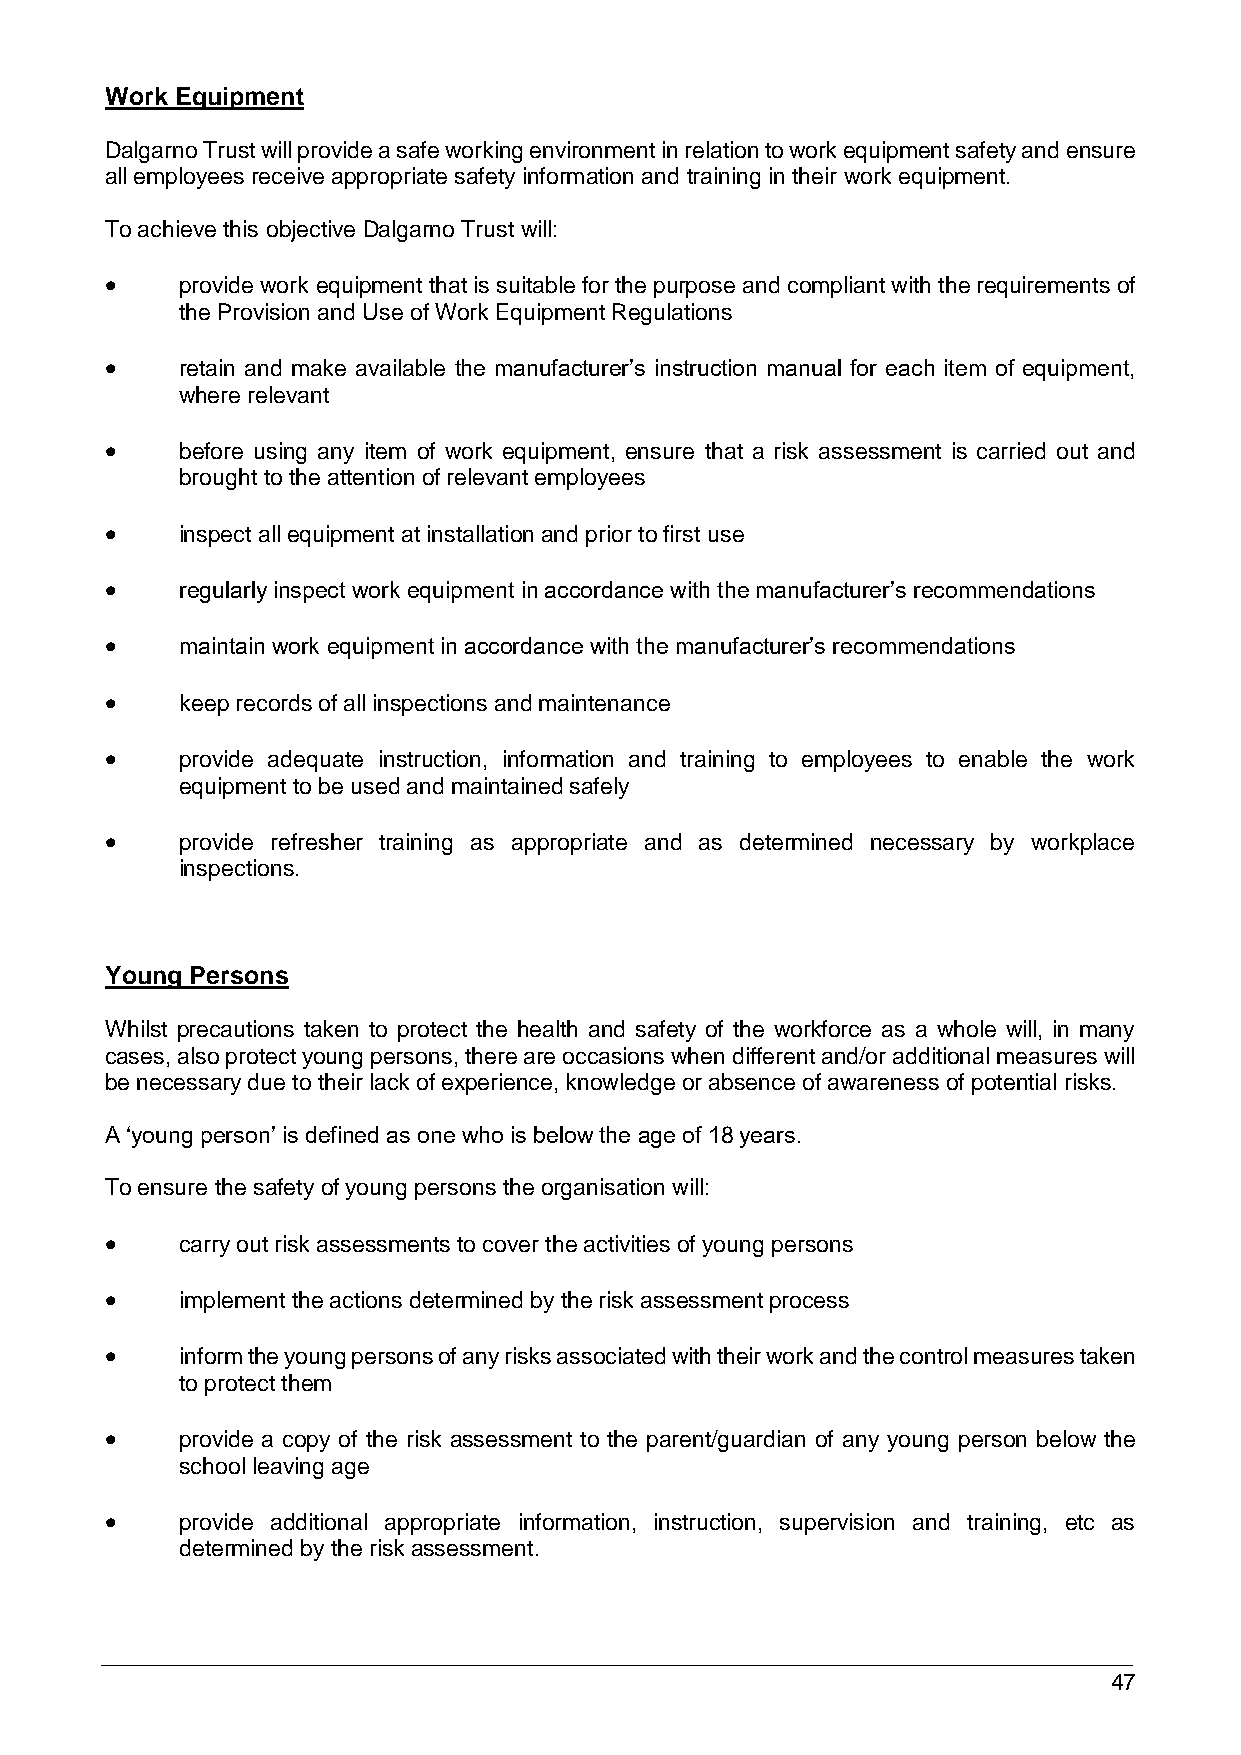
Work Equipment
 Dalgarno Trust will provide a safe working environment in relation to work equipment safety and ensure
 all employees receive appropriate safety information and training in their work equipment.
 To achieve this objective Dalgarno Trust will:
     provide work equipment that is suitable for the purpose and compliant with the requirements of
 the Provision and Use of Work Equipment Regulations
     retain and make available the manufacturer’s instruction manual for each item of equipment,
 where relevant
     before using any item of work equipment, ensure that a risk assessment is carried out and
 brought to the attention of relevant employees
     inspect all equipment at installation and prior to first use
     regularly inspect work equipment in accordance with the manufacturer’s recommendations
     maintain work equipment in accordance with the manufacturer’s recommendations
     keep records of all inspections and maintenance
     provide adequate instruction, information and training to employees to enable the work
 equipment to be used and maintained safely
     provide refresher training as appropriate and as determined necessary by workplace
 inspections.
 Young Persons
 Whilst precautions taken to protect the health and safety of the workforce as a whole will, in many
 cases, also protect young persons, there are occasions when different and/or additional measures will
 be necessary due to their lack of experience, knowledge or absence of awareness of potential risks.
 A ‘young person’ is defined as one who is below the age of 18 years.
 To ensure the safety of young persons the organisation will:
     carry out risk assessments to cover the activities of young persons
     implement the actions determined by the risk assessment process
     inform the young persons of any risks associated with their work and the control measures taken
 to protect them
     provide a copy of the risk assessment to the parent/guardian of any young person below the
 school leaving age
     provide additional appropriate information, instruction, supervision and training, etc as
 determined by the risk assessment.
 47